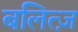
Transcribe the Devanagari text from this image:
बलित्ज़